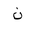
Letter: _non